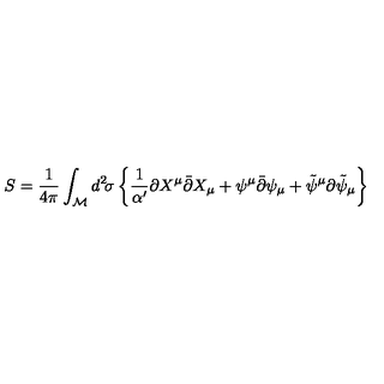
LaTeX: S = { \frac { 1 } { 4 \pi } } \int _ { \cal M } d ^ { 2 } \! \sigma \left\{ { \frac { 1 } { \alpha ^ { \prime } } } \partial X ^ { \mu } \bar { \partial } X _ { \mu } + \psi ^ { \mu } \bar { \partial } \psi _ { \mu } + \tilde { \psi } ^ { \mu } \partial \tilde { \psi } _ { \mu } \right\}